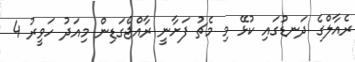
ރެއާލްގެ ދަނޑުގައި ކުޅޭ މި މެޗު ފަށާނީ ރާއްޖެގަޑިން މިއަދު ހަވީރު 4